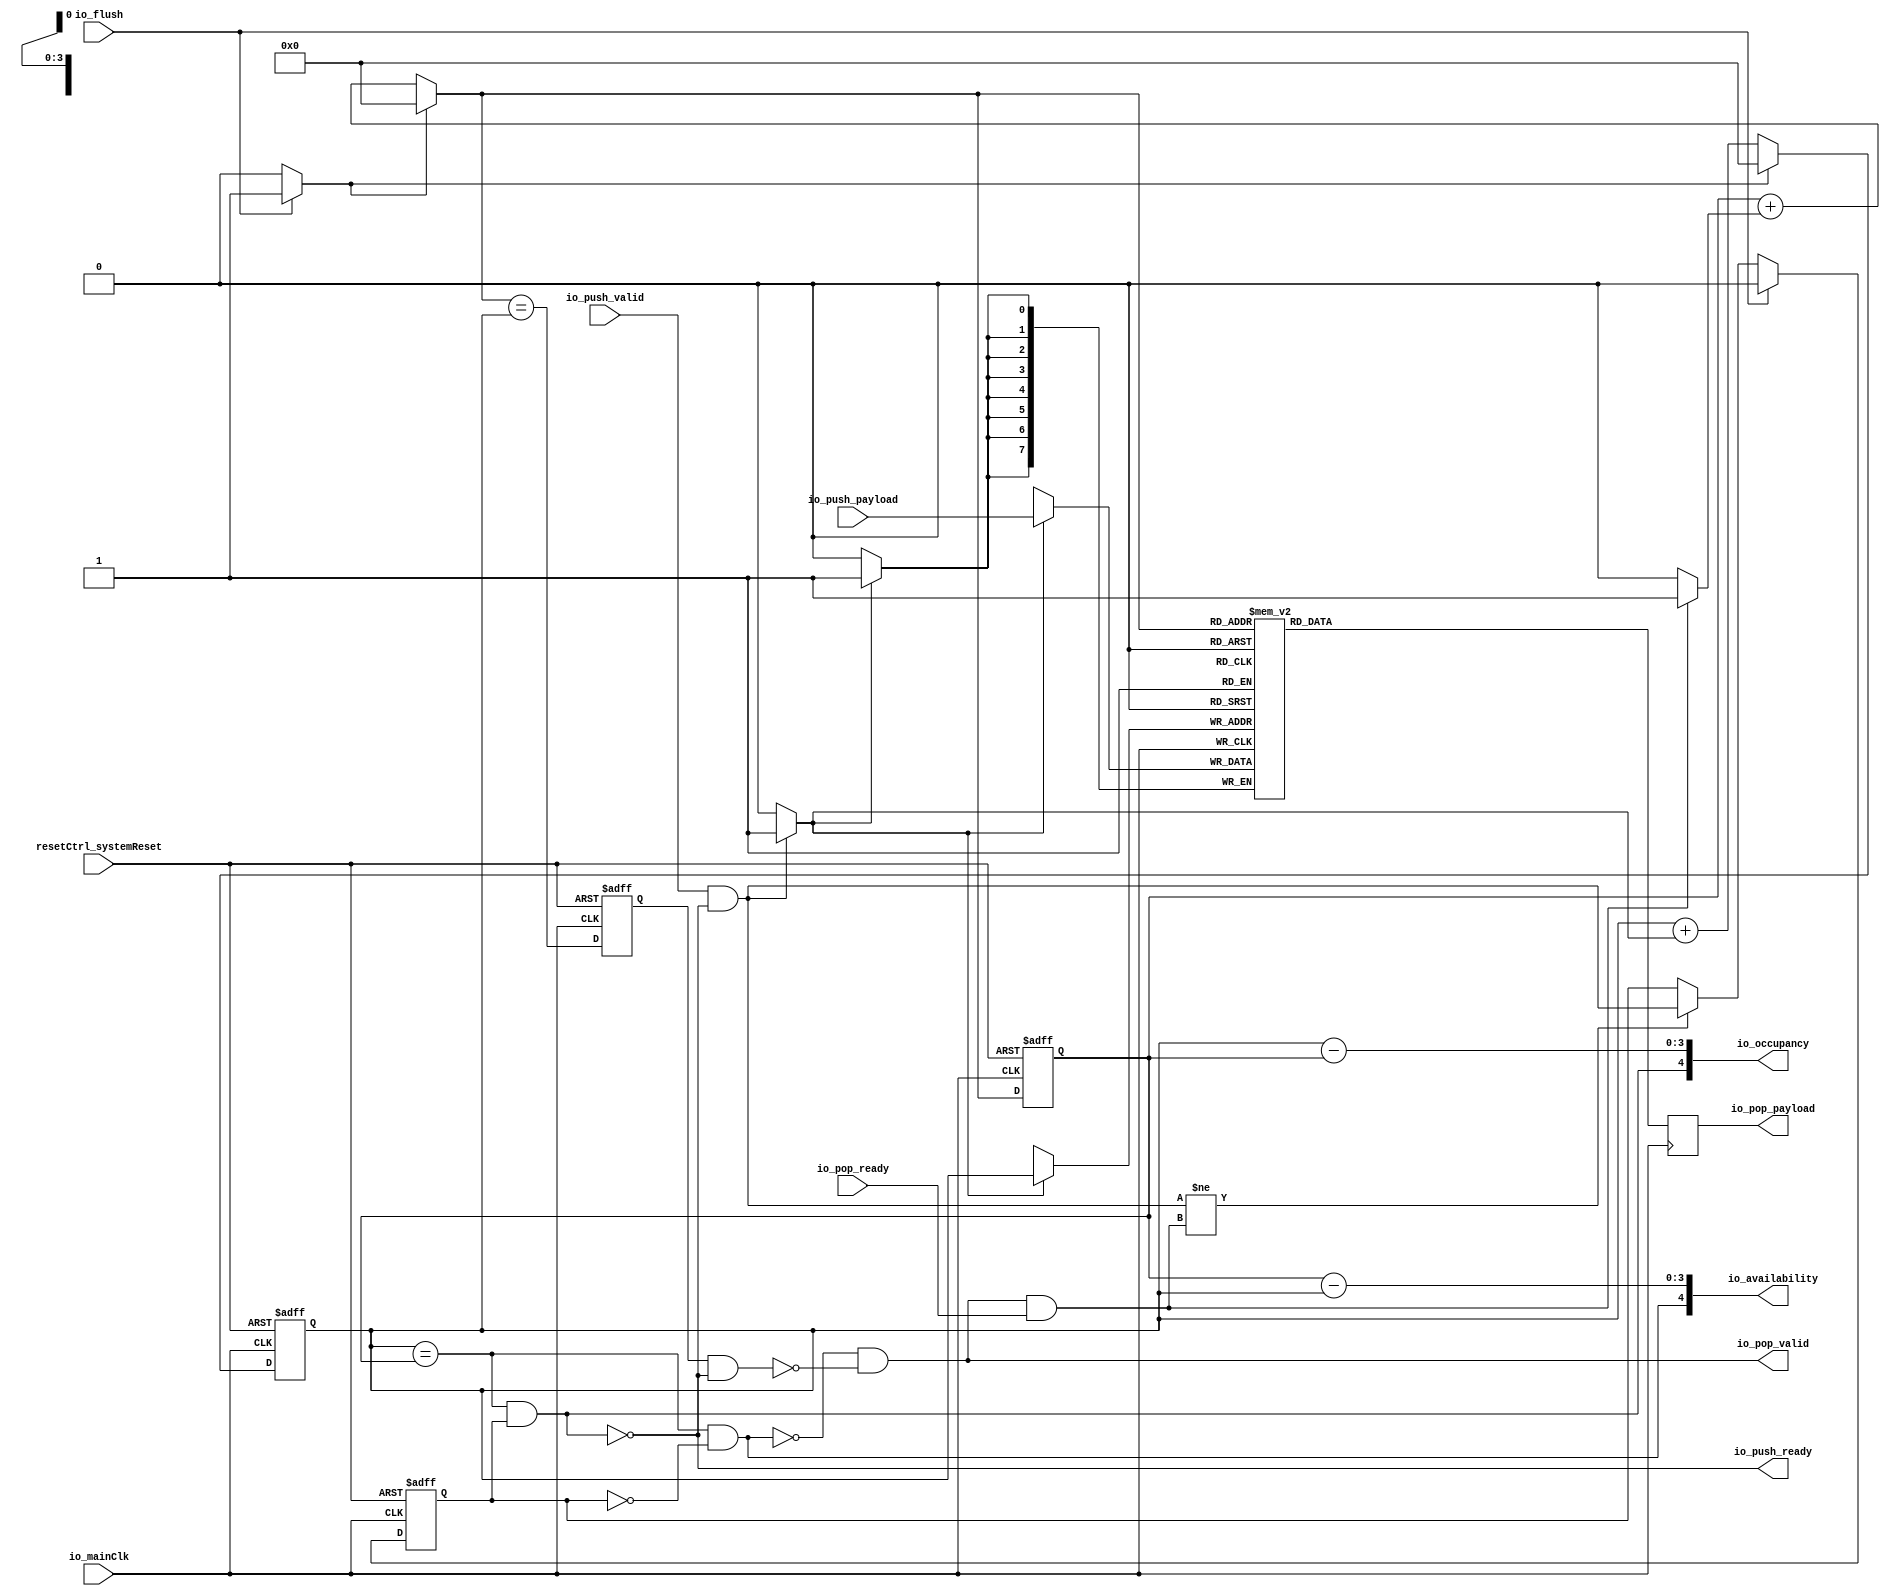
module StreamFifo (
      input   io_push_valid,
      output  io_push_ready,
      input  [7:0] io_push_payload,
      output  io_pop_valid,
      input   io_pop_ready,
      output [7:0] io_pop_payload,
      input   io_flush,
      output [4:0] io_occupancy,
      output [4:0] io_availability,
      input   io_mainClk,
      input   resetCtrl_systemReset);
  reg [7:0] _zz_4;
  wire  _zz_5;
  wire  _zz_6;
  wire [0:0] _zz_7;
  wire [3:0] _zz_8;
  wire [0:0] _zz_9;
  wire [3:0] _zz_10;
  wire [3:0] _zz_11;
  reg  _zz_1;
  reg  pushPtr_willIncrement;
  reg  pushPtr_willClear;
  reg [3:0] pushPtr_valueNext;
  reg [3:0] pushPtr_value;
  wire  pushPtr_willOverflowIfInc;
  wire  pushPtr_willOverflow;
  reg  popPtr_willIncrement;
  reg  popPtr_willClear;
  reg [3:0] popPtr_valueNext;
  reg [3:0] popPtr_value;
  wire  popPtr_willOverflowIfInc;
  wire  popPtr_willOverflow;
  wire  ptrMatch;
  reg  risingOccupancy;
  wire  pushing;
  wire  popping;
  wire  empty;
  wire  full;
  reg  _zz_2;
  wire  _zz_3;
  wire [3:0] ptrDif;
  reg [7:0] ram [0:15];
  assign io_push_ready = _zz_5;
  assign io_pop_valid = _zz_6;
  assign _zz_7 = pushPtr_willIncrement;
  assign _zz_8 = {3'd0, _zz_7};
  assign _zz_9 = popPtr_willIncrement;
  assign _zz_10 = {3'd0, _zz_9};
  assign _zz_11 = (popPtr_value - pushPtr_value);
  always @ (posedge io_mainClk) begin
    if(_zz_1) begin
      ram[pushPtr_value] <= io_push_payload;
    end
  end
  always @ (posedge io_mainClk) begin
    if(_zz_3) begin
      _zz_4 <= ram[popPtr_valueNext];
    end
  end
  always @ (*) begin
    _zz_1 = 1'b0;
    pushPtr_willIncrement = 1'b0;
    if(pushing)begin
      _zz_1 = 1'b1;
      pushPtr_willIncrement = 1'b1;
    end
  end
  always @ (*) begin
    pushPtr_willClear = 1'b0;
    popPtr_willClear = 1'b0;
    if(io_flush)begin
      pushPtr_willClear = 1'b1;
      popPtr_willClear = 1'b1;
    end
  end
  assign pushPtr_willOverflowIfInc = (pushPtr_value == (4'b1111));
  assign pushPtr_willOverflow = (pushPtr_willOverflowIfInc && pushPtr_willIncrement);
  always @ (*) begin
    pushPtr_valueNext = (pushPtr_value + _zz_8);
    if(pushPtr_willClear)begin
      pushPtr_valueNext = (4'b0000);
    end
  end
  always @ (*) begin
    popPtr_willIncrement = 1'b0;
    if(popping)begin
      popPtr_willIncrement = 1'b1;
    end
  end
  assign popPtr_willOverflowIfInc = (popPtr_value == (4'b1111));
  assign popPtr_willOverflow = (popPtr_willOverflowIfInc && popPtr_willIncrement);
  always @ (*) begin
    popPtr_valueNext = (popPtr_value + _zz_10);
    if(popPtr_willClear)begin
      popPtr_valueNext = (4'b0000);
    end
  end
  assign ptrMatch = (pushPtr_value == popPtr_value);
  assign pushing = (io_push_valid && _zz_5);
  assign popping = (_zz_6 && io_pop_ready);
  assign empty = (ptrMatch && (! risingOccupancy));
  assign full = (ptrMatch && risingOccupancy);
  assign _zz_5 = (! full);
  assign _zz_6 = ((! empty) && (! (_zz_2 && (! full))));
  assign _zz_3 = 1'b1;
  assign io_pop_payload = _zz_4;
  assign ptrDif = (pushPtr_value - popPtr_value);
  assign io_occupancy = {(risingOccupancy && ptrMatch),ptrDif};
  assign io_availability = {((! risingOccupancy) && ptrMatch),_zz_11};
  always @ (posedge io_mainClk or posedge resetCtrl_systemReset) begin
    if (resetCtrl_systemReset) begin
      pushPtr_value <= (4'b0000);
      popPtr_value <= (4'b0000);
      risingOccupancy <= 1'b0;
      _zz_2 <= 1'b0;
    end else begin
      pushPtr_value <= pushPtr_valueNext;
      popPtr_value <= popPtr_valueNext;
      _zz_2 <= (popPtr_valueNext == pushPtr_value);
      if((pushing != popping))begin
        risingOccupancy <= pushing;
      end
      if(io_flush)begin
        risingOccupancy <= 1'b0;
      end
    end
  end
endmodule